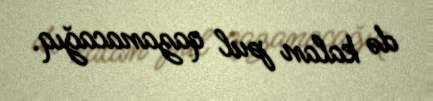
də kalan pul qazanacağıq.